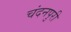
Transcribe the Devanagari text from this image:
चंदनपुरी